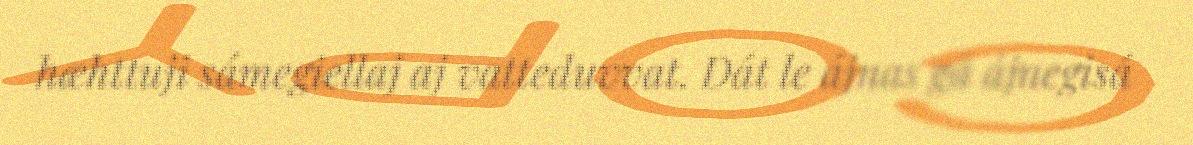
hæhttuji sámegiellaj aj vatteduvvat. Dát le ájnas gå ájnegisá